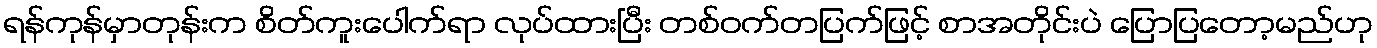
ရန်ကုန်မှာတုန်းက စိတ်ကူးပေါက်ရာ လုပ်ထားပြီး တစ်ဝက်တပြက်ဖြင့် စာအတိုင်းပဲ ပြောပြတော့မည်ဟု